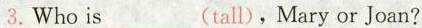
3.Who is___ (tall),Mary or Joan?